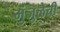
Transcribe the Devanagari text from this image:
मुंजुळेची